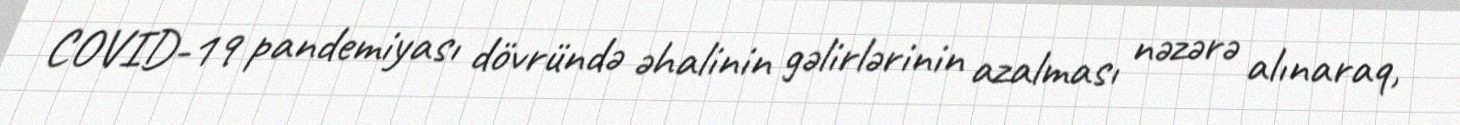
COVID-19 pandemiyası dövründə əhalinin gəlirlərinin azalması nəzərə alınaraq,